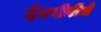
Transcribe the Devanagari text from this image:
देवगीरीचे